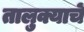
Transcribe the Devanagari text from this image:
तालुक्याचें